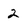
Character: 2